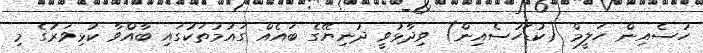
ހުސެއިން ހަލީމް (ކުޑަހުސެއިން) ވިދާޅުވީ ދުނިޔޭގެ ބައެއް ގައުމުތަކުގައި ބާއްވާ ކުޅިވަރުގެ މި